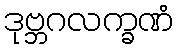
ဒုဗ္ဘဂလက္ခဏံ